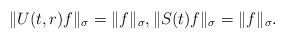
LaTeX: \begin{align*}\Vert U(t,r) f \Vert_\sigma = \Vert f \Vert_\sigma, \Vert S(t) f \Vert_\sigma = \Vert f \Vert_\sigma.\end{align*}